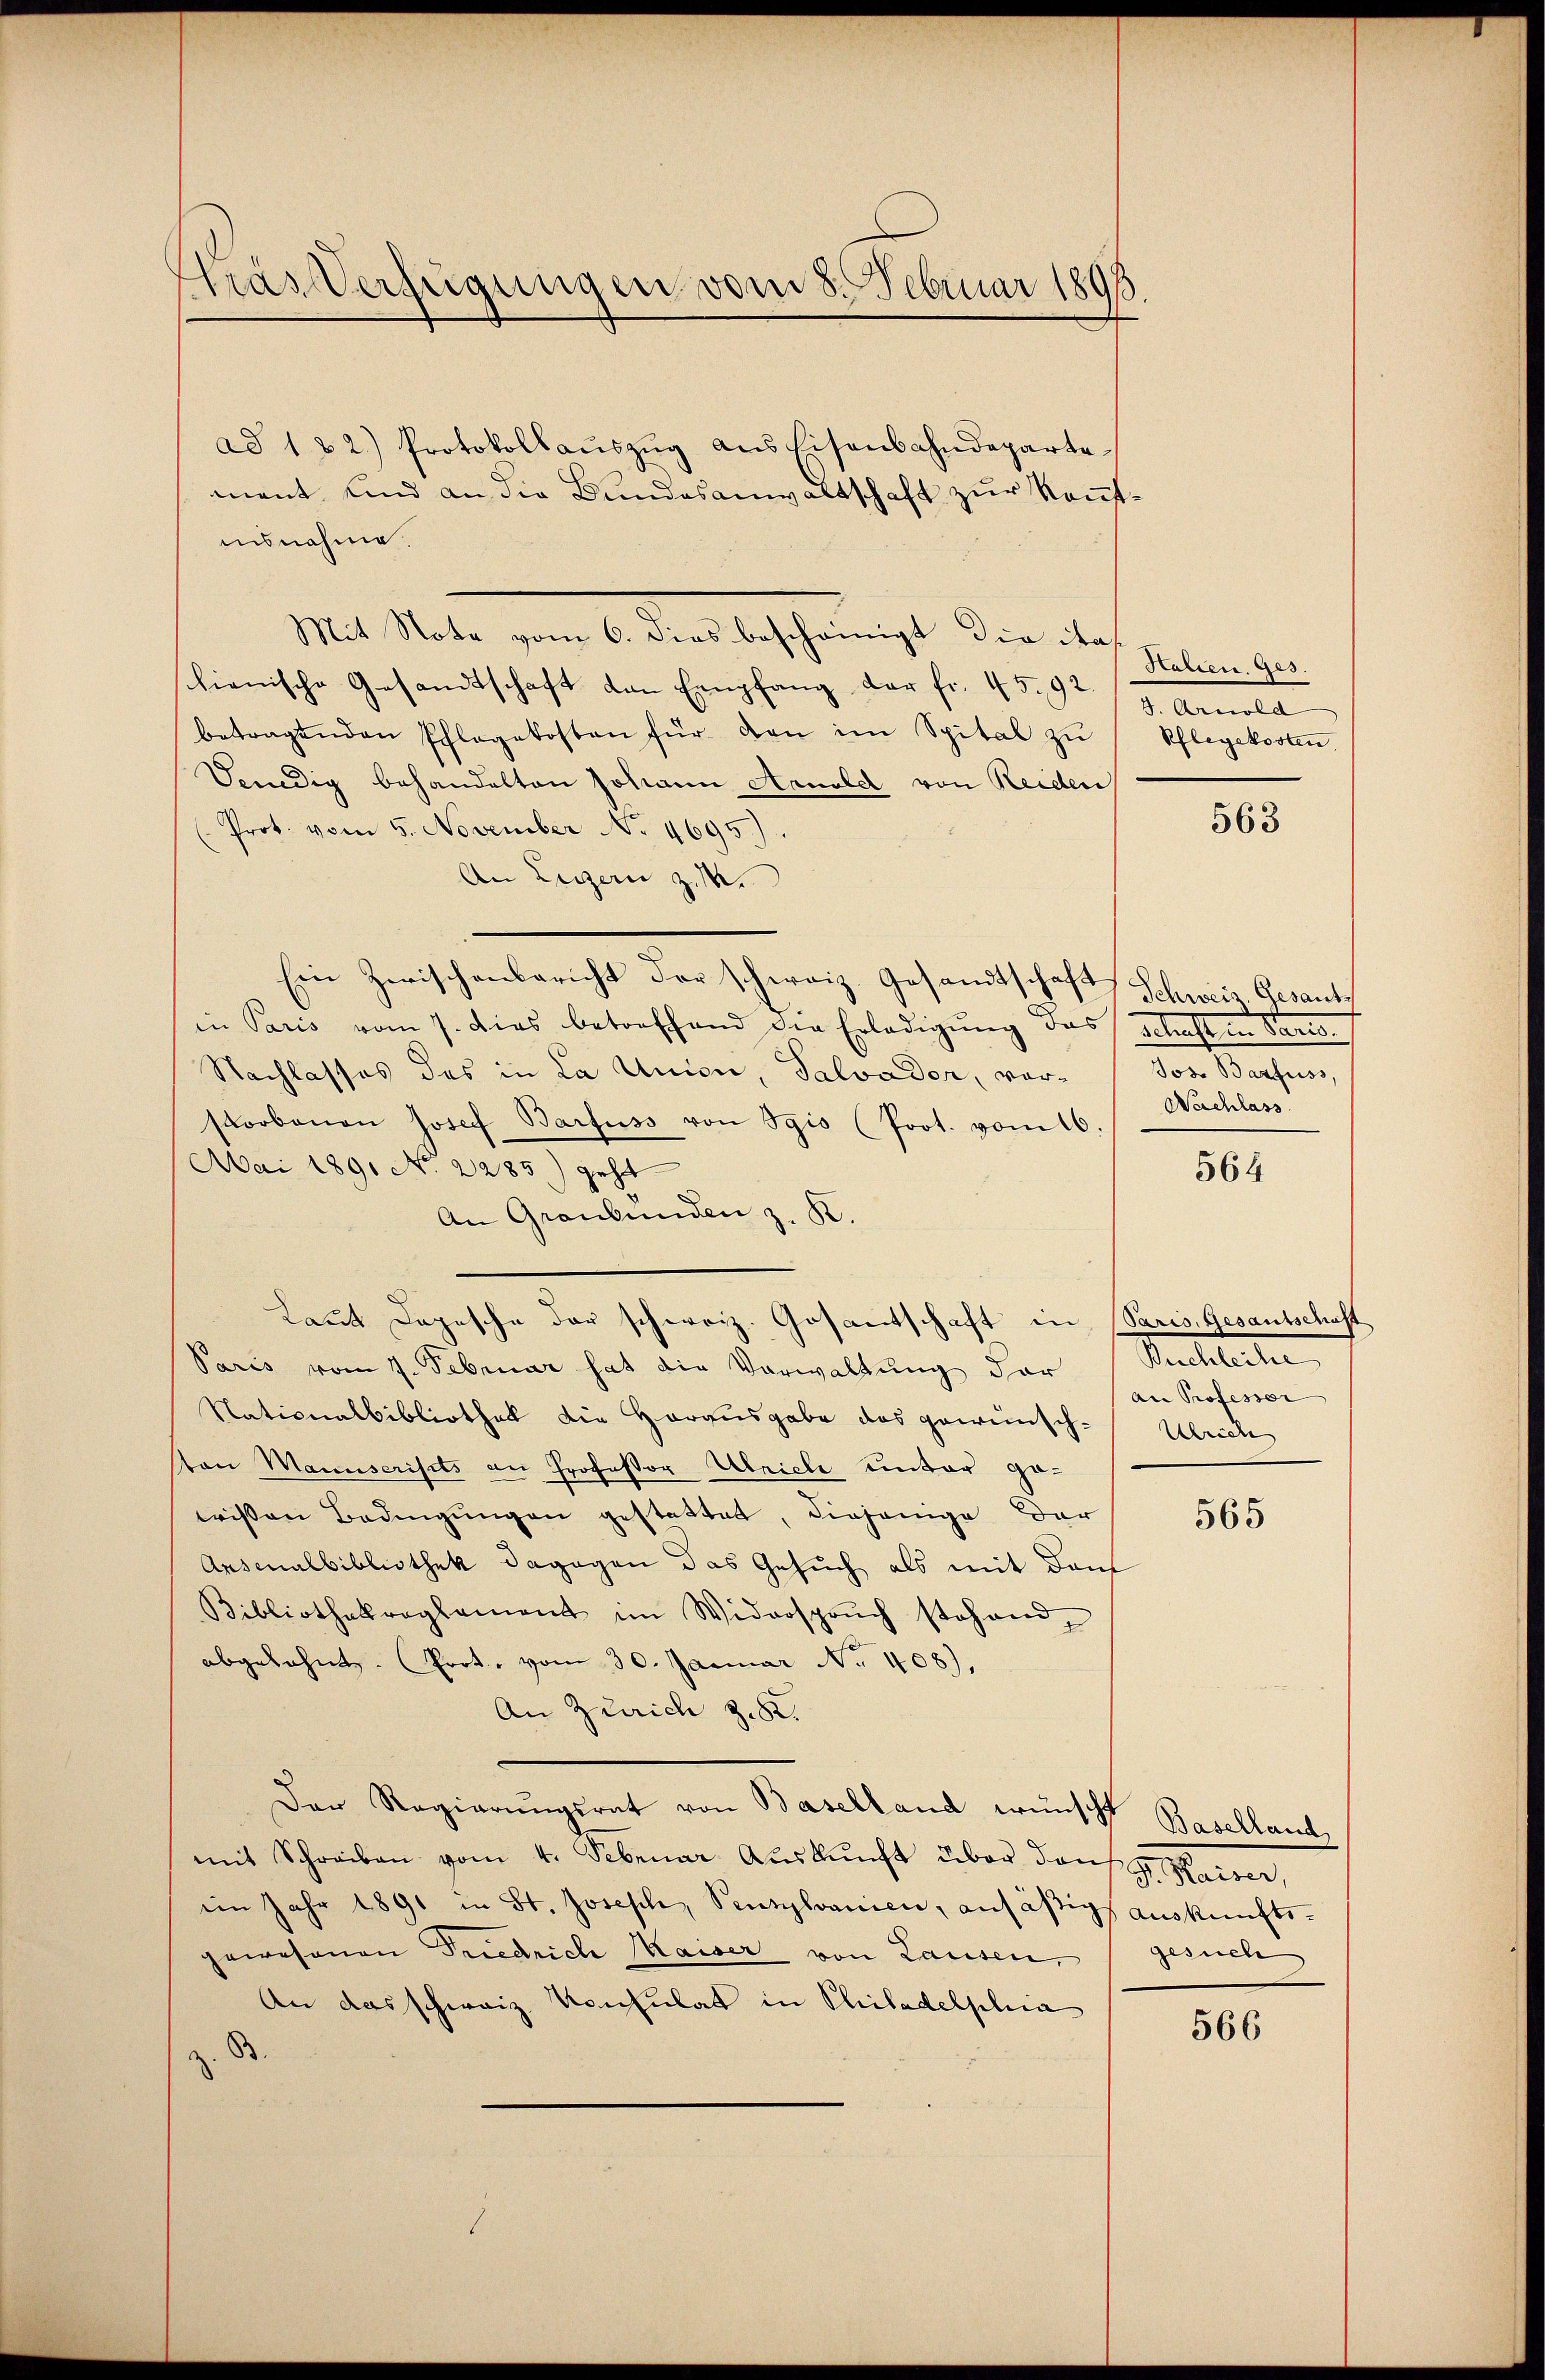
tras Verfügungen vom 8. Februar 1898.

ad 122) Protokollaŭszŭg aŭshisenbahndeparte
mant und an die Bundesanwaltschaft zur Kennt.
insnahme.
Mit Note vom 6. dies bescheinigt die ita
schienische Gesandtschaft den Empfang der fr. 4592.
betragenden Pflegekosten für den im Spital zŭ
Sendig behandelten Johann Arnold von Reiden
Prot. vom 5. November No. 4695).
An Luzern z. M.
Ein Zwischenbericht der schweiz. Gesandtschaft Schweiz Gesant
in Paris vom 7. dies betreffend die Erledigŭng das schaften Paris
Nachlasses des in La Union, Salvader, vorstorbenen Josef Barfuss von Igis (Prot. vom 16.
Mai 1891 No 2285) geht
An Graubünden z. K.
Paris vom 1. Februar hat die Verwaltung der Ruchlecher
Nationalbibliothek die Herausgabe das gewünsch-
ton Manuscrists an Professor Ulrich unter gewissen Bedingungen gestattet, diejenige Dar
Ansonalbibliothek dagegen das Gesuch als mit dem
Bibliothekroglament im Widersprŭch stehend,
abgelehnt. Prot. vom 30. Januar No. 408),
An Zürich z. 82.
Der Regierŭngsrat von Baselland wünscht Baselland,
mit Schreiben vom 4. Februar Auskunft über dans Harrer,
im Jahr 1891 in St. Joseph, Sutzloanien, ansäßig auskünftigewesenen Friedrich Maiser von Lausen,
An das schweiz. Konsulat in Philadelphia
. B

Laut Depesche der schweiz. Gosantschaft in Paris, Gesantschaft

Halien, Ges.
Arnold
Pflegekosten,

563

Jos. Barfuss,
Nachlass

564

an Professor
Ulrich

565

gesuche

566